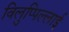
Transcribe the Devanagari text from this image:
विलुप्पिल्लाई